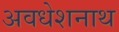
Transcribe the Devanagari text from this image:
अवधेशनाथ